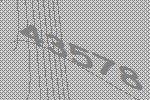
43578